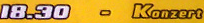
18.30 - Konzert